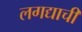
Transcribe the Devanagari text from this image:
लगद्याची